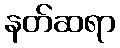
နတ်ဆရာ